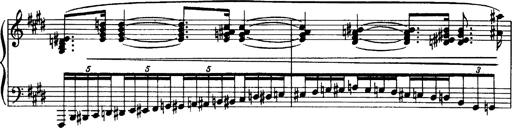
Title: OuvertÃ¼re zu TannhÃ¤user
Composer: Franz Liszt